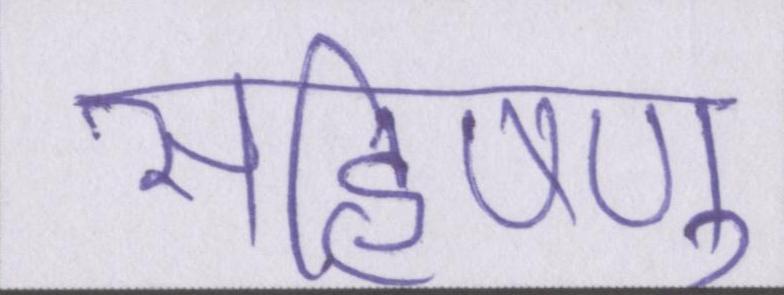
सहिष्णु